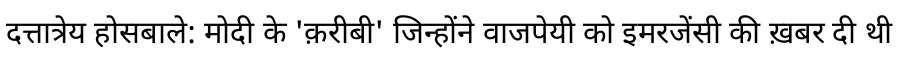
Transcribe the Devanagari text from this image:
दत्तात्रेय होसबाले: मोदी के 'क़रीबी' जिन्होंने वाजपेयी को इमरजेंसी की ख़बर दी थी